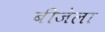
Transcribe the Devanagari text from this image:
बीजेला